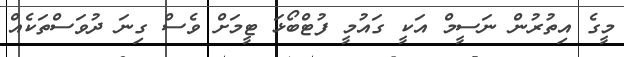
މީގެ އިތުރުން ނަސީމް އަކީ ގައުމީ ފުޓްބޯޅަ ޓީމަށް ވެސް ގިނަ ދުވަސްތަކެއް